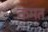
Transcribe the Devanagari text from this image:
कमत